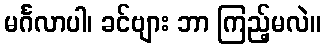
မင်္ဂလာပါ၊ ခင်ဗျား ဘာ ကြည့်မလဲ။